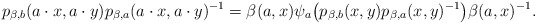
\begin{align*} p_{\beta,b}(a\cdot x,a\cdot y)p_{\beta,a}(a\cdot x,a\cdot y)^{-1}=\beta(a,x)\psi_a\big(p_{\beta,b}(x,y)p_{\beta,a}(x,y)^{-1}\big)\beta(a,x)^{-1}.\end{align*}